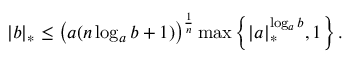
| b | _ { * } \leq \left( a ( n \log _ { a } b + 1 ) \right) ^ { \frac { 1 } { n } } \operatorname* { m a x } \left\{ | a | _ { * } ^ { \log _ { a } b } , 1 \right\} .